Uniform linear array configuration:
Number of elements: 12
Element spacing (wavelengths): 1
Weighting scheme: cosine
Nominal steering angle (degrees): -45
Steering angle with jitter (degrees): -45.832
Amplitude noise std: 0.05
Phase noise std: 0.05

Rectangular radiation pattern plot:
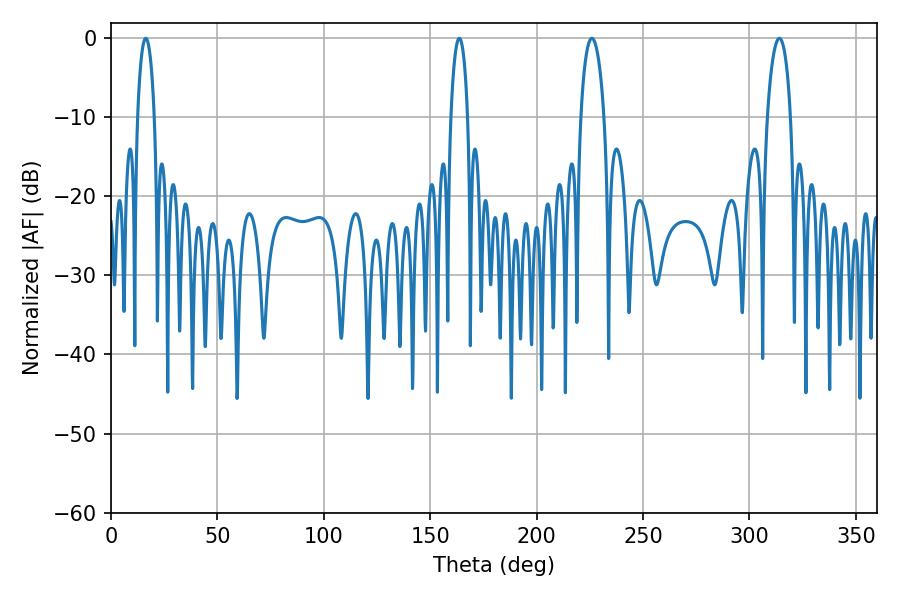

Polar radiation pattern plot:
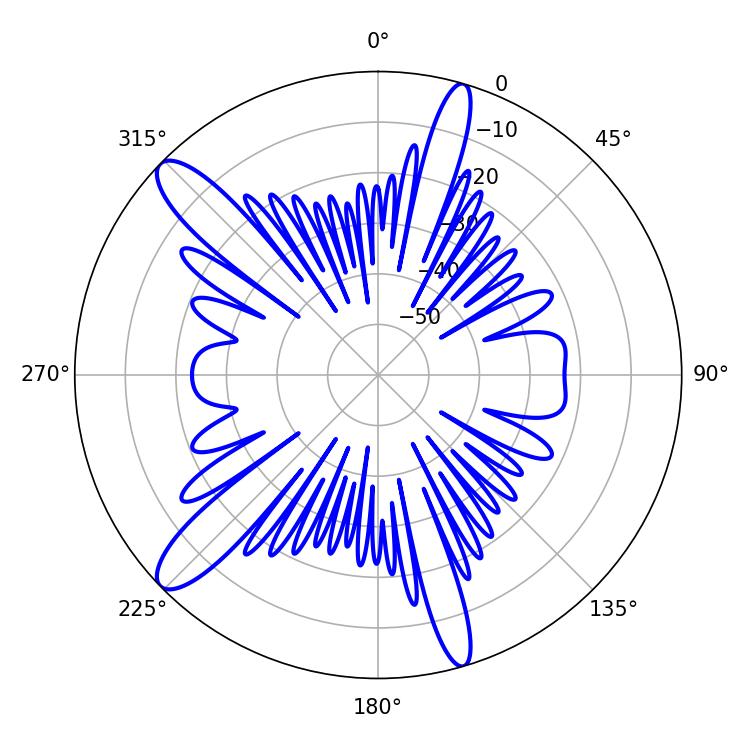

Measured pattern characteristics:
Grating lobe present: TRUE
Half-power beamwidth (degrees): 6.3
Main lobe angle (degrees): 225.9